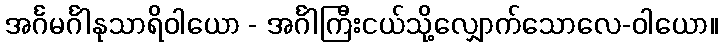
အင်္ဂမင်္ဂါနုသာရိဝါယော - အင်္ဂါကြီးငယ်သို့လျှောက်သောလေ-ဝါယော။